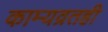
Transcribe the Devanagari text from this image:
काम्यव्रतही